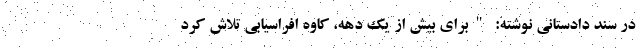
در سند دادستانی نوشته: "برای بیش از یک دهه، کاوه افراسیابی تلاش کرد